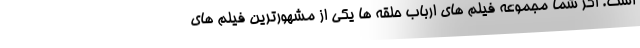
است. اگر شما مجموعه فیلم های ارباب حلقه ها یکی از مشهورترین فیلم های